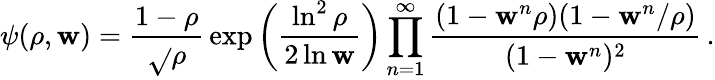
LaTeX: \psi(\rho,\mathbf{w})={\frac{{1-\rho}}{{\sqrt{}{\rho}}}}\exp\left({\frac{{\ln^{2}\rho}}{{2\ln\mathbf{w}}}}\right)\prod_{n=1}^{\infty}{\frac{{(1-\mathbf{w}^{n}\rho)(1-\mathbf{w}^{n}/\rho)}}{{(1-\mathbf{w}^{n})^{2}}}}\, .